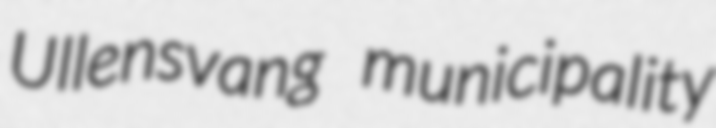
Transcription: Ullensvang municipality